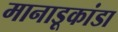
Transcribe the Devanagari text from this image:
मानाडूकांडा